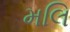
મલિ